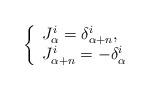
LaTeX: \begin{align*} \left\{ \begin{array}{l}J^i_{\alpha} = \delta^i_{\alpha+n},\\J^i_{\alpha +n} = - \delta^i_{\alpha} \end{array} \right.\end{align*}